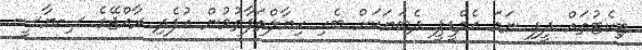
ޓިކެޓުތައް ދީފި ނަމަ އެމްޑީޕީ ދެބަޔަކަށް ބެހި ހިޔާލްތަފާތުވުން އުފެދި ރާއްޖޭގެ ސިޔާސީ